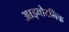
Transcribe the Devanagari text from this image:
आइबोटनिक